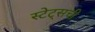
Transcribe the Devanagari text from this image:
स्टेट्‌सची